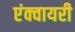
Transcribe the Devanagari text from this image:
एंक्वायरी